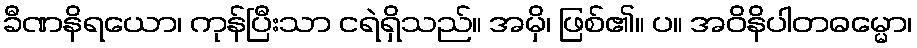
ခီဏနိရယော၊ ကုန်ပြီးသာ ငရဲရှိသည်။ အမှိ၊ ဖြစ်၏။ ပ။ အဝိနိပါတဓမ္မော၊